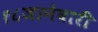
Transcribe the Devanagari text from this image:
१८जानेवारी